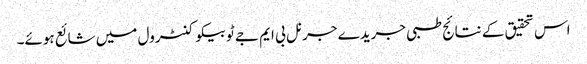
اس تحقیق کے نتائج طبی جریدے جرنل بی ایم جے ٹوبیکو کنٹرول میں شائع ہوئے۔